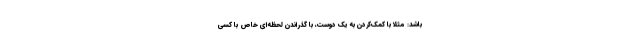
باشد: مثلاً با کمک‌کردن به یک دوست، با گذراندن لحظه‌ای خاص با کسی